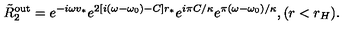
\tilde { R } _ { 2 } ^ { \mathrm { o u t } } = e ^ { - i \omega v _ { * } } e ^ { 2 [ i ( \omega - \omega _ { 0 } ) - C ] r _ { * } } e ^ { i \pi C / \kappa } e ^ { \pi ( \omega - \omega _ { 0 } ) / \kappa } , ( r < r _ { H } ) .